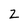
Character: 2